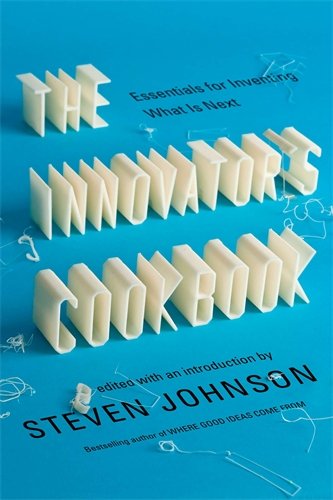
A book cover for The Innovator's Cookbook: Essentials for Inventing What Is Next; Business & Money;